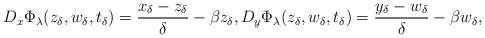
LaTeX: \begin{align*}D_x \Phi_\lambda(z_\delta,w_\delta,t_\delta) = \frac{x_\delta - z_\delta}{\delta} - \beta z_\delta, D_y \Phi_\lambda(z_\delta,w_\delta,t_\delta) = \frac{y_\delta - w_\delta}{\delta} - \beta w_\delta,\end{align*}